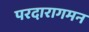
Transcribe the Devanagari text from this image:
परदारागमन